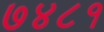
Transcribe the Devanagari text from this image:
७४८१